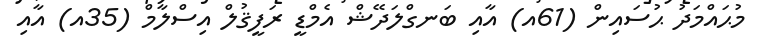
މުޙައްމަދު ޙުސައިން (61އ) އާއި ބަނގްލަދޭޝް އެމްޑީ ރަފީޤުލް އިސްލާމް (35އ) އާއި